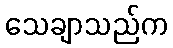
သေချာသည်က